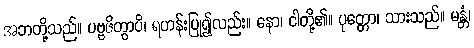
အဘတို့သည်။ ပဗ္ဗဇိတွာပိ၊ ရဟန်းပြု၍လည်း။ နော၊ ငါတို့၏။ ပုတ္တော၊ သားသည်။ မန္တံ၊